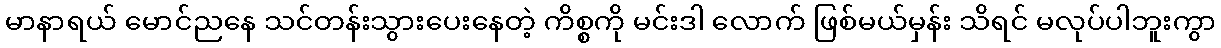
မာနာရယ် မောင်ညနေ သင်တန်းသွားပေးနေတဲ့ ကိစ္စကို မင်းဒါ လောက် ဖြစ်မယ်မှန်း သိရင် မလုပ်ပါဘူးကွာ